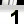
Digit: 1